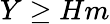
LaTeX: Y\ge Hm